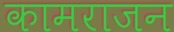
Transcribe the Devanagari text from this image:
कामराजन